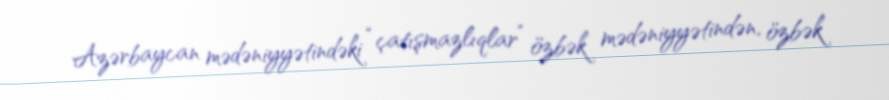
Azərbaycan mədəniyyətindəki “çatışmazlıqlar” özbək mədəniyyətindən, özbək